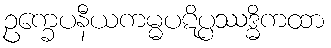
ဥက္ခေပနီယကမ္မပဋိပ္ပဿဒ္ဓိကထာ